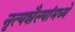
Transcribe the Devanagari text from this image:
नृत्यशैल्यांमध्ये